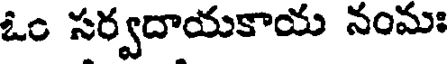
ఓం సర్వదాయకాయ నంమః